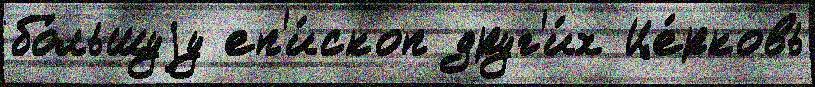
бо́льшуjу еп'и́скоп друг'и́х Це́рковь